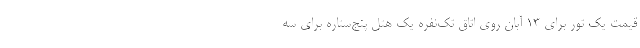
قیمت یک تور برای ۱۳ آبان روی اتاق تک‌نفره یک هتل پنج‌ستاره برای سه